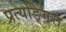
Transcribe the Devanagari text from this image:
प्रत्यङ्गिरा